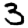
Digit: 3